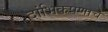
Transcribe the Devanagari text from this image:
दांभिकपणाचे